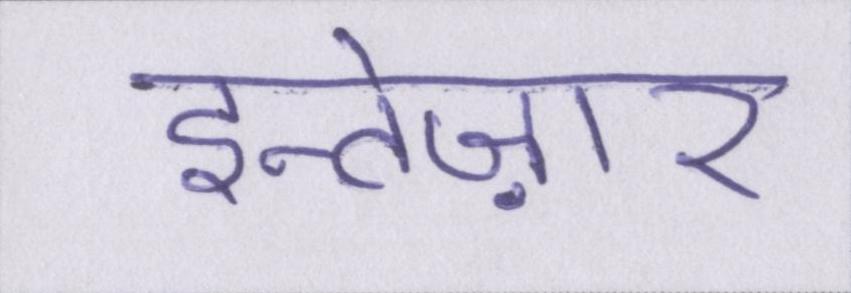
इन्तेज़ार